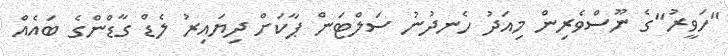
"ހަވީރު"ގެ ނޫސްވެރިން މިއަދު ހެނދުނު ސަލްޓަން ޕާކަށް ދިޔައިރު ލެޑް ގާޑްންގެ ބައެއް